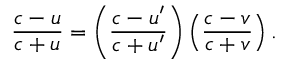
{ \frac { c - u } { c + u } } = \left( { \frac { c - u ^ { \prime } } { c + u ^ { \prime } } } \right) \left( { \frac { c - v } { c + v } } \right) .